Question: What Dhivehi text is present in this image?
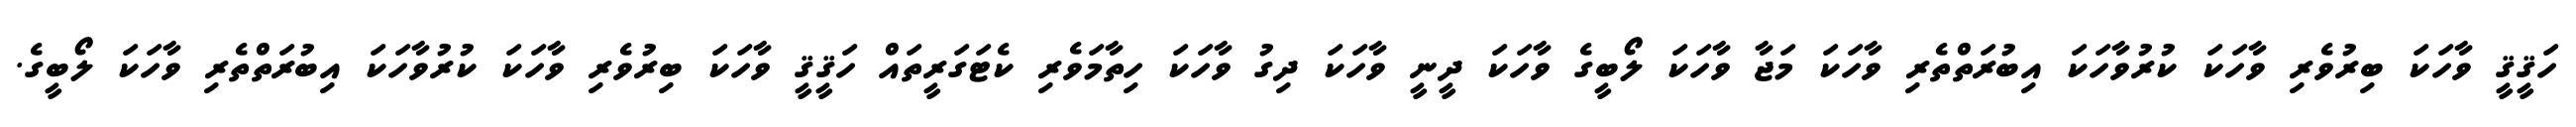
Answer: ހަޤީޤީ ވާހަކަ ބިރުވެރި ވާހަކަ ކުރުވާހަކަ އިބުރަތްތެރި ވާހަކަ މަޖާ ވާހަކަ ލޯބީގެ ވާހަކަ ދީނީ ވާހަކަ ދިގު ވާހަކަ ހިތާމަވެރި ކެޓަގަރީތައް ހަޤީޤީ ވާހަކަ ބިރުވެރި ވާހަކަ ކުރުވާހަކަ އިބުރަތްތެރި ވާހަކަ ލޯބީގެ.